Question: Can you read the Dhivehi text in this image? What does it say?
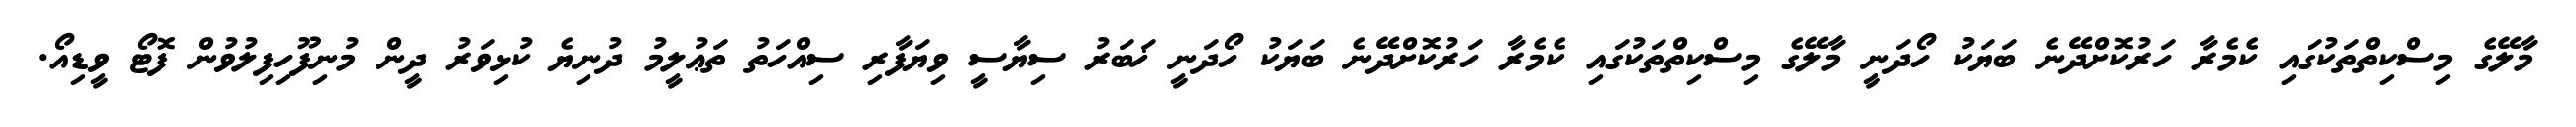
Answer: މާލޭގެ މިސްކިތްތަކުގައި ކެމެރާ ހަރުކޮށްދޭނެ ބަޔަކު ހޯދަނީ މާލޭގެ މިސްކިތްތަކުގައި ކެމެރާ ހަރުކޮށްދޭނެ ބަޔަކު ހޯދަނީ ޚަބަރު ސިޔާސީ ވިޔަފާރި ސިއްހަތު ތަޢުލީމު ދުނިޔެ ކުޅިވަރު ދީން މުނިފޫހިފިލުވުން ފޮޓޯ ވީޑިއޯ.